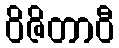
ဝိဇိတာဝီ